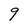
Character: q